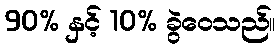
90% နှင့် 10% ခွဲဝေသည်။